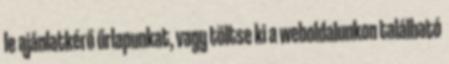
le aján­lat­ké­rő űr­la­pun­kat, vagy tölt­se ki a web­ol­da­lun­kon ta­lál­ha­tó